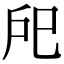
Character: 戺